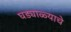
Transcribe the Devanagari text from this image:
घड्याळ्याचे